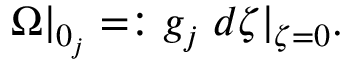
\Omega | _ { 0 _ { j } } = : g _ { j } \; d \zeta | _ { \zeta = 0 } .